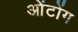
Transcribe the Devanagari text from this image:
ओंटोंग